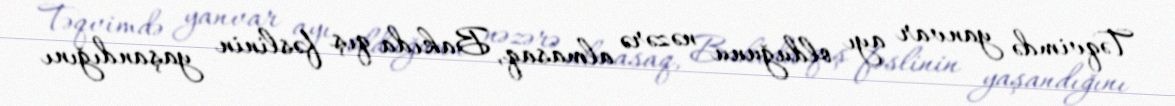
Təqvimdə yanvar ayı olduğunu nəzərə almasaq, Bakıda qış fəslinin yaşandığını